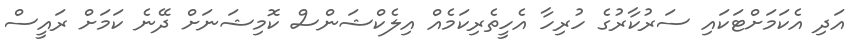
އަދި އެކަމަށްޓަކައި ސަރުކާރުގެ ހުރިހާ އެހީތެރިކަމެއް އިލެކްޝަންސް ކޮމިޝަނަށް ދޭނެ ކަމަށް ރައީސް